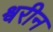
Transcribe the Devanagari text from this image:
श्वरीन